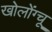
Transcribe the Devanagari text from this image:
खोलोंग्चू